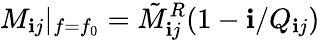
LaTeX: M_{\mathbf{i}j}|_{f=f_{0}}=\tilde{{M}}_{\mathbf{i}j}^{R}(1-\mathbf{i}/Q_{\mathbf{i}j})